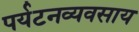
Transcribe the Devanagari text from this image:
पर्यटनव्यवसाय